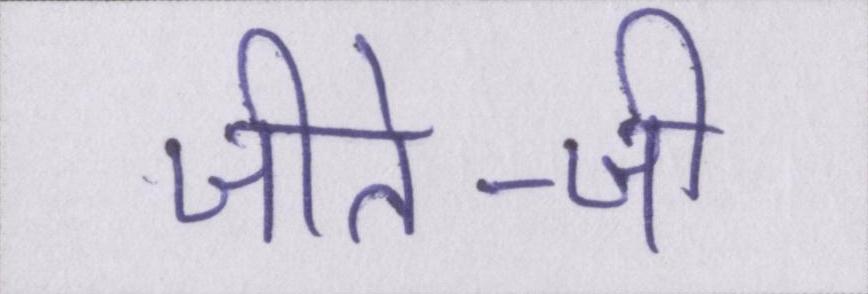
जीते-जी